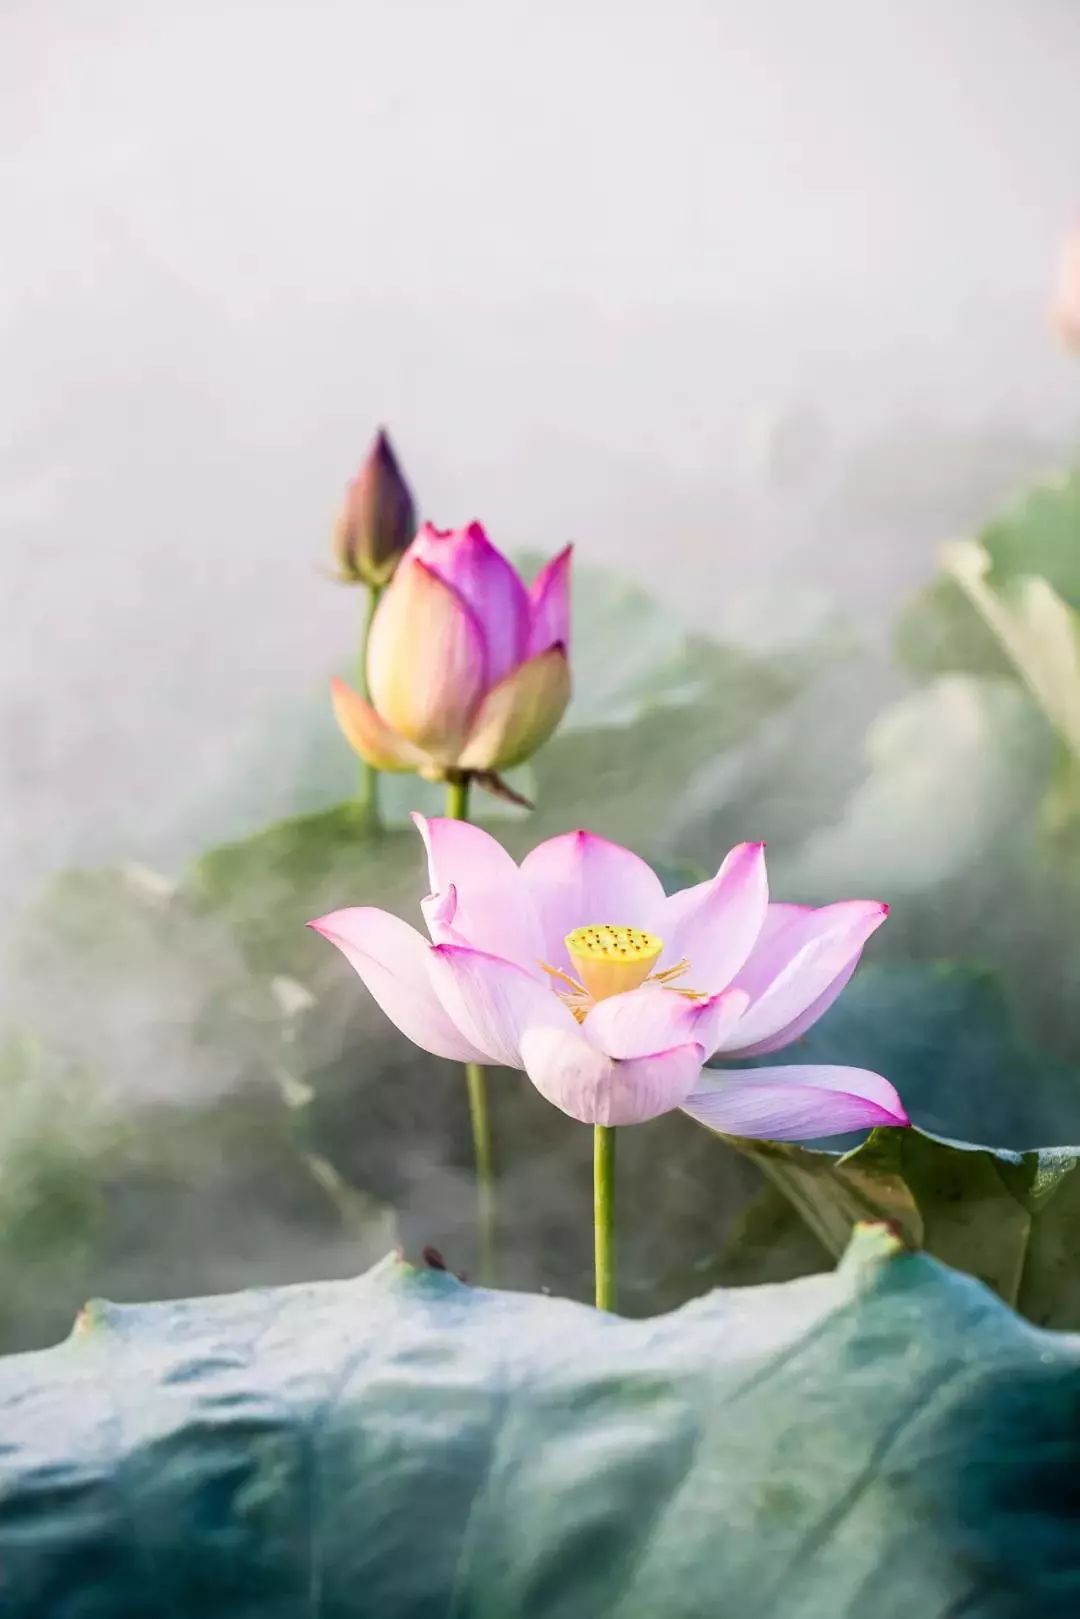
和气吹绿野，梅雨洒芳田。